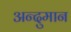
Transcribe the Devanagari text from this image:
अन्दुमान